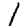
Digit: 1